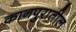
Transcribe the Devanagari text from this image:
कानपुरातील